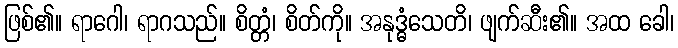
ဖြစ်၏။ ရာဂေါ၊ ရာဂသည်။ စိတ္တံ၊ စိတ်ကို။ အနုဒ္ဓံသေတိ၊ ဖျက်ဆီး၏။ အထ ခေါ၊